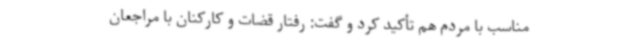
مناسب با مردم هم تأکید کرد و گفت: رفتار قضات و کارکنان با مراجعان